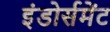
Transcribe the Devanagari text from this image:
इंडोर्समेंट